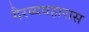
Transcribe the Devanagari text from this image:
गैरव्यवहारास